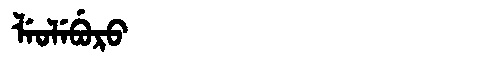
Manchu: ᠯᡝᠣᠯᡝᠪᡠᡵᠣ
Romanization: LEOLEBURO